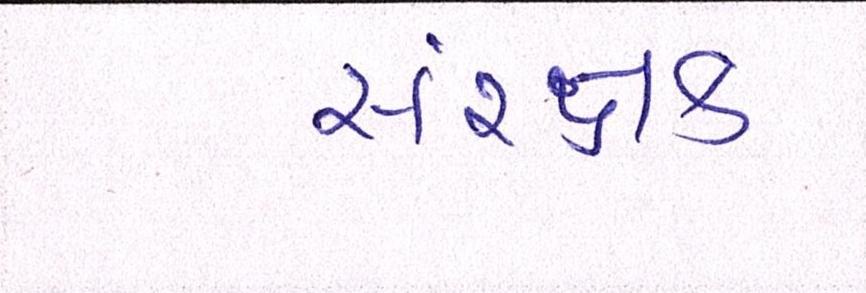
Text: સંરક્ષક